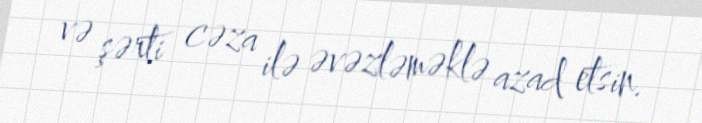
və şərti cəza ilə əvəzləməklə azad etsin.